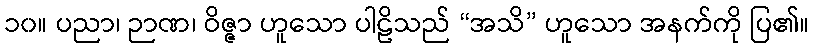
၁၀။ ပညာ၊ ဉာဏ၊ ဝိဇ္ဇာ ဟူသော ပါဠိသည် “အသိ” ဟူသော အနက်ကို ပြ၏။